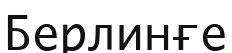
Берлинғе